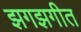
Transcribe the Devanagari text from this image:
झगझगीत